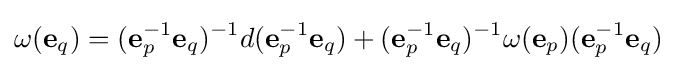
\omega (\mathbf {e} _{q})=(\mathbf {e} _{p}^{-1}\mathbf {e} _{q})^{-1}d(\mathbf {e} _{p}^{-1}\mathbf {e} _{q})+(\mathbf {e} _{p}^{-1}\mathbf {e} _{q})^{-1}\omega (\mathbf {e} _{p})(\mathbf {e} _{p}^{-1}\mathbf {e} _{q})